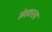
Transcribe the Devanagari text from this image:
सेवकाला